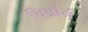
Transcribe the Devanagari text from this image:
चित्रांचं